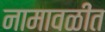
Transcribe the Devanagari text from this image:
नामावळींत